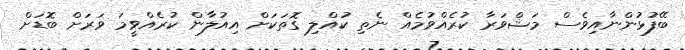
ބޭފުޅުންނާއިވެސް މަޝްވަރާ ކުރެއްވުމެއް ނެތި ކުއްލި ގޮތަކަށް އިއުލާން ކުރެއްވީމަ ވަރަށް ބޮޑަށް